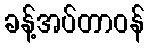
ခန့်အပ်တာဝန်